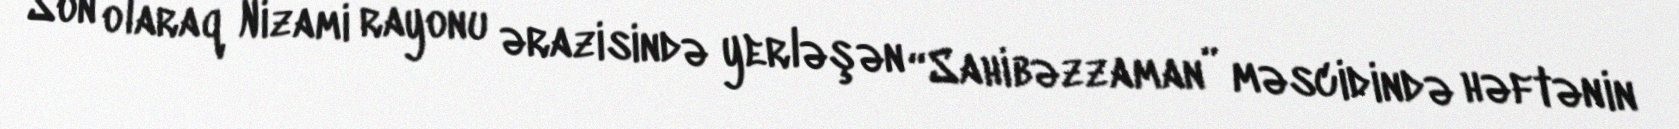
Son olaraq Nizami rayonu ərazisində yerləşən “Sahibəzzaman” məscidində həftənin